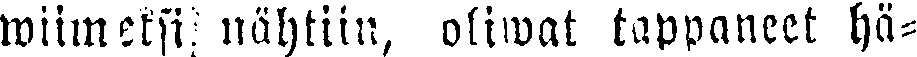
wiimeksi nähtiin, oliwat tappaneet hä-